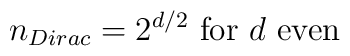
n_{Dirac}=2^{d/2}       \mbox{    for $d$ even}